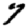
Digit: 7